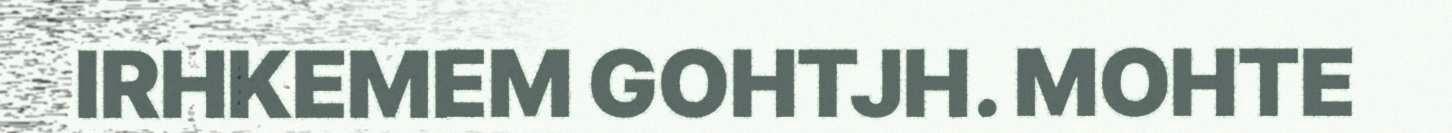
IRHKEMEM GOHTJH. MOHTE